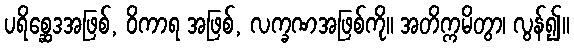
ပရိစ္ဆေဒအဖြစ်, ဝိကာရ အဖြစ်, လက္ခဏအဖြစ်ကို။ အတိက္ကမိတွာ၊ လွန်၍။